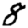
Digit: 8